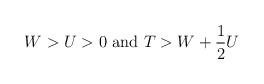
LaTeX: \begin{align*}W >U>0 \mbox{ and } T > W + \frac{1}{2} U\end{align*}